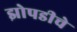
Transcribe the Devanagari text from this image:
झोपडीचे